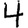
Digit: 4